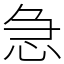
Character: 急